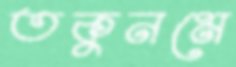
তকুনমে